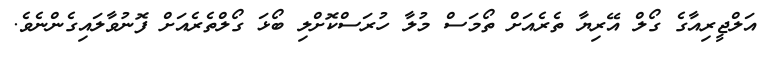
އަލްޖީރިއާގެ ގޯލް އޭރިޔާ ތެރެއަށް ތޯމަސް މުލާ ހުރަސްކޮށްލި ބޯޅަ ގޯލްތެރެއަށް ފޮނުވާލައިގެންނެވެ.